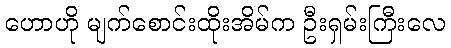
ဟောဟို မျက်စောင်းထိုးအိမ်က ဦးရှမ်းကြီးလေ